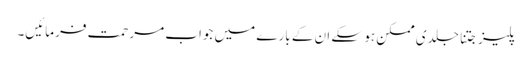
پلیز جتنا جلدی ممکن ہو سکے ان کے بارے میں جواب مرحمت فرمائیں۔